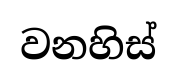
වනහිස්